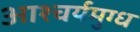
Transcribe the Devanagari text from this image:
आश्चर्यमुग्ध